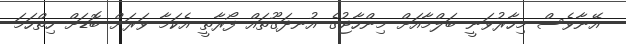
އޭނާވެސް މިހާރުވަނީ ބަލްމާއަށް މިންހާޖުގެ އުނދަގޫތައް ފޯރާތީ އެކަމާ ވަރަށް ބޮޑަށް ހިތްހަމަ